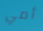
أمي